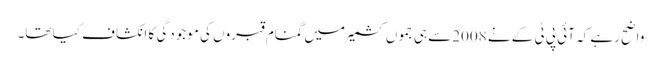
واضح رہے کہ آئی پی ٹی کے نے 2008سے ہی جموں کشمیر میں گمنام قبروں کی موجودگی کا انکشاف کیا تھا۔